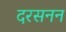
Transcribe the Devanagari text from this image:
दरसनन